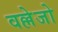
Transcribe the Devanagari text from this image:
वल्लेजो